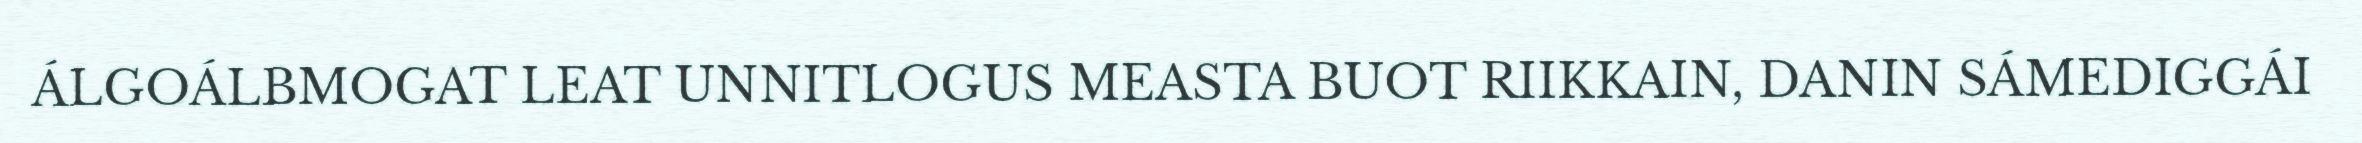
ÁLGOÁLBMOGAT LEAT UNNITLOGUS MEASTA BUOT RIIKKAIN, DANIN SÁMEDIGGÁI